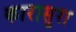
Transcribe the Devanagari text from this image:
कारासुरा